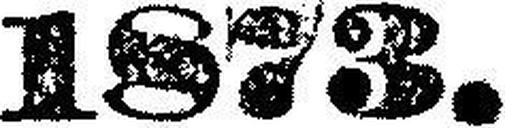
1873.